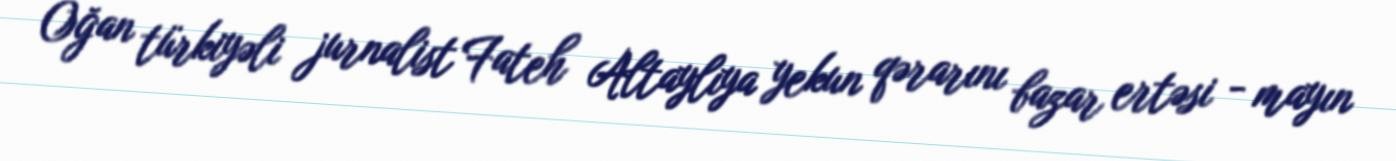
Oğan türkiyəli jurnalist Fateh Altaylıya yekun qərarını bazar ertəsi - mayın